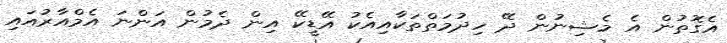
އެގޮތުން އެ މެޝިނުން ދޭ ހިދުމަތްތަކާއިއެކު އޭޑީކޭ އިން ދެމުން އަންނަ އެމްއާރުއައި